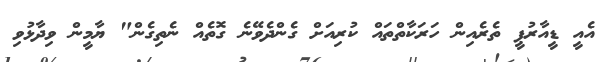
އެއީ ޑީއާރުޕީ ތެރެއިން ހަރަކާތްތައް ކުރިއަށް ގެންދެވޭނެ ގޮތެއް ނެތިގެން" ޔާމީން ވިދާޅުވި